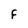
Character: F